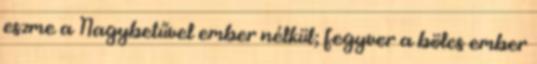
eszme a Nagybetűvel ember nélkül; fegyver a bölcs ember